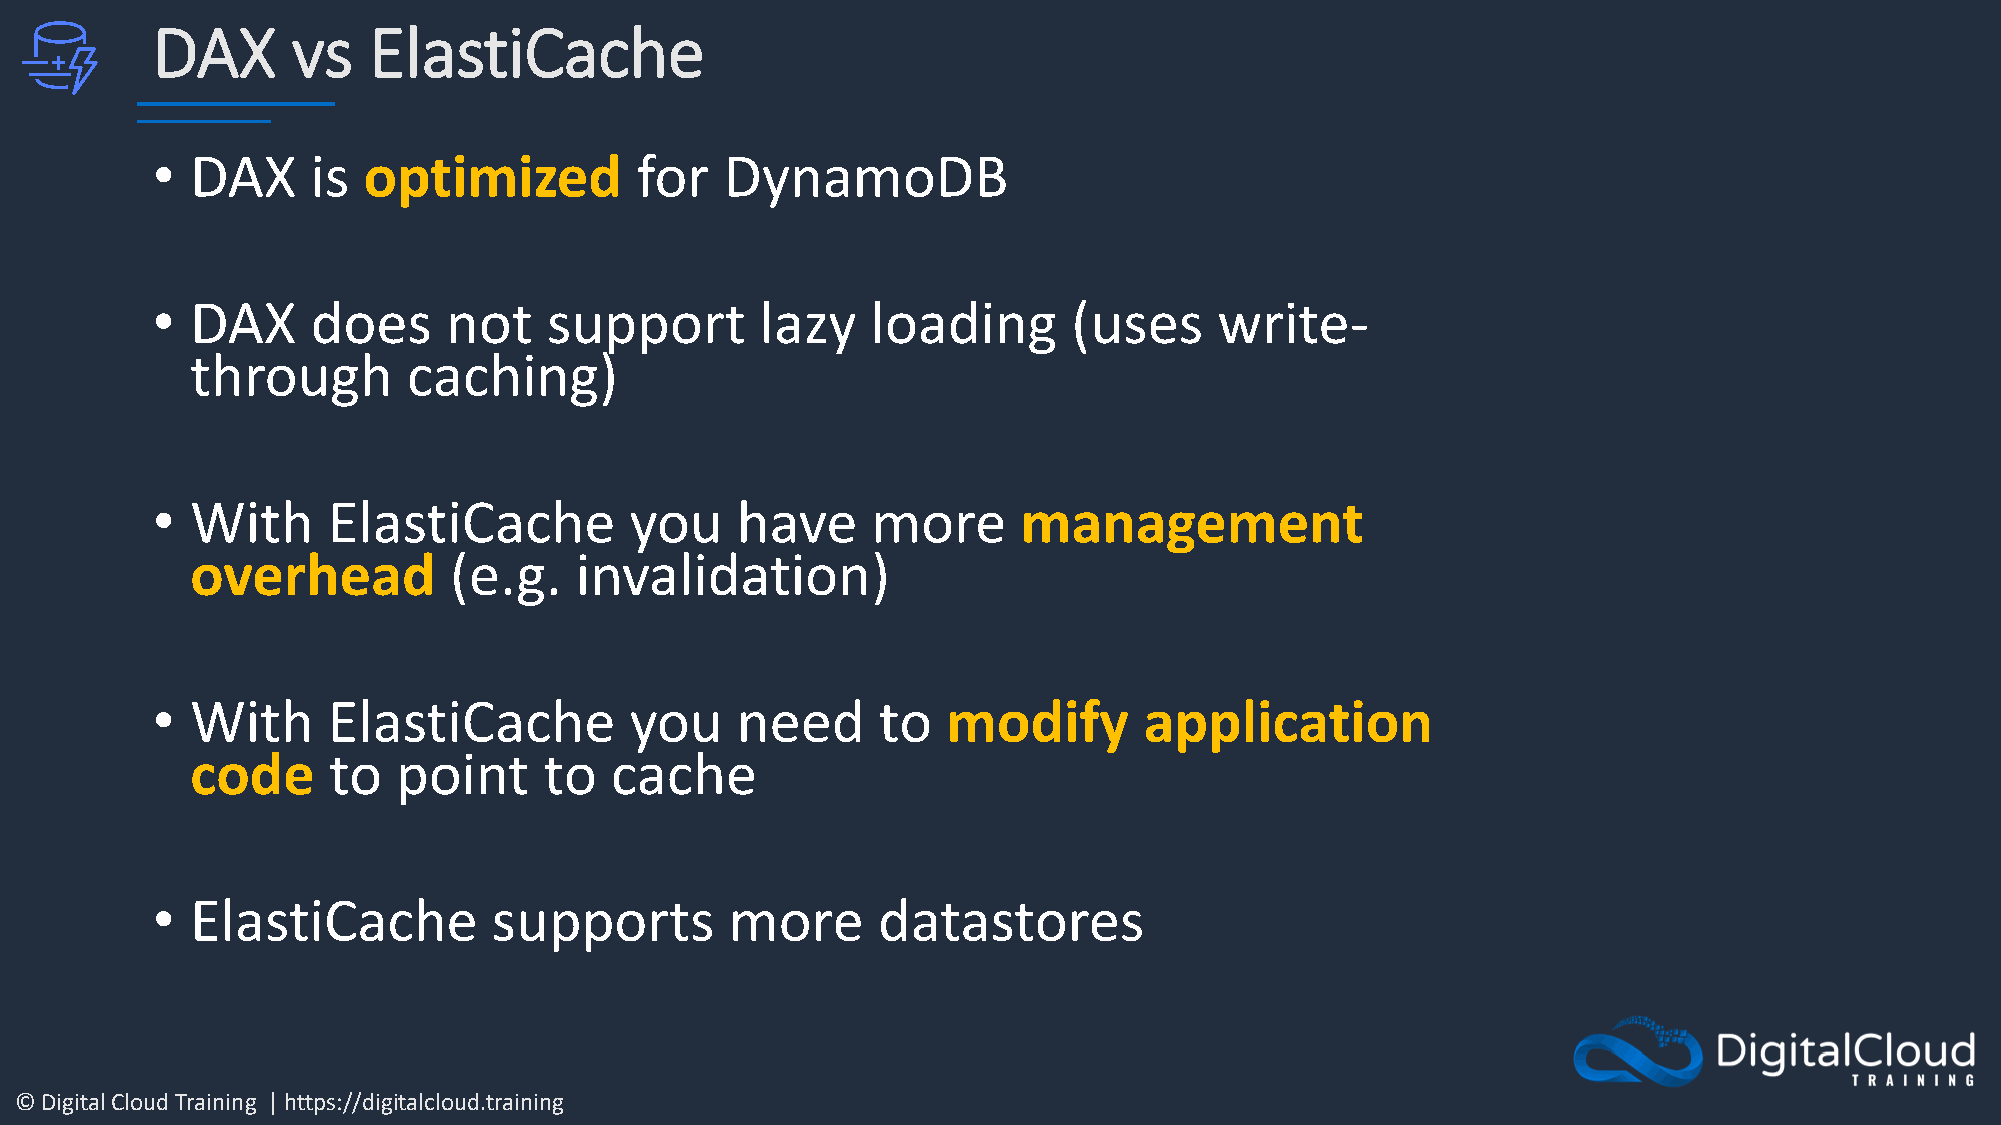
DAX      vs   ElastiCache
 •  DAX     is optimized         for   DynamoDB
 •  DAX     does     not   support       lazy    loading      (uses     write-
 through       caching)
 •  With     ElastiCache         you    have     more      management
 overhead         (e.g.   invalidation)
 •  With     ElastiCache         you    need     to   modify       application
 code     to  point     to  cache
 •  ElastiCache         supports       more      datastores
 © Digital Cloud Training | https://digitalcloud.training